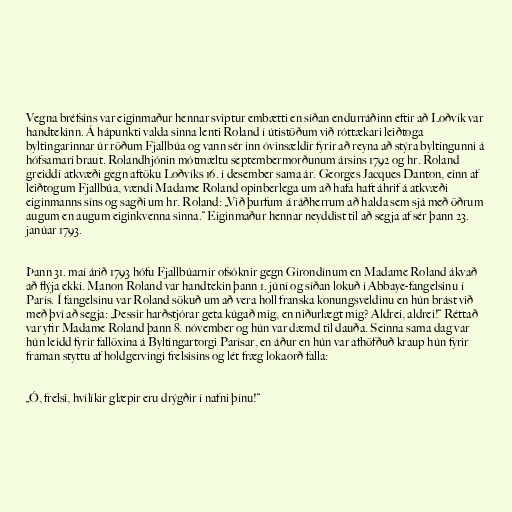
Vegna bréfsins var eiginmaður hennar sviptur embætti en síðan endurráðinn eftir að Loðvík var
handtekinn. Á hápunkti valda sinna lenti Roland í útistöðum við róttækari leiðtoga
byltingarinnar úr röðum Fjallbúa og vann sér inn óvinsældir fyrir að reyna að stýra byltingunni á
hófsamari braut. Rolandhjónin mótmæltu septembermorðunum ársins 1792 og hr. Roland
greiddi atkvæði gegn aftöku Loðvíks 16. í desember sama ár. Georges Jacques Danton, einn af
leiðtogum Fjallbúa, vændi Madame Roland opinberlega um að hafa haft áhrif á atkvæði
eiginmanns síns og sagði um hr. Roland: „Við þurfum á ráðherrum að halda sem sjá með öðrum
augum en augum eiginkvenna sinna.“ Eiginmaður hennar neyddist til að segja af sér þann 23.
janúar 1793.

Þann 31. maí árið 1793 hófu Fjallbúarnir ofsóknir gegn Gírondínum en Madame Roland ákvað
að flýja ekki. Manon Roland var handtekin þann 1. júní og síðan lokuð í Abbaye-fangelsinu í
París. Í fangelsinu var Roland sökuð um að vera holl franska konungsveldinu en hún brást við
með því að segja: „Þessir harðstjórar geta kúgað mig, en niðurlægt mig? Aldrei, aldrei!“ Réttað
var yfir Madame Roland þann 8. nóvember og hún var dæmd til dauða. Seinna sama dag var
hún leidd fyrir fallöxina á Byltingartorgi Parísar, en áður en hún var afhöfðuð kraup hún fyrir
framan styttu af holdgervingi frelsisins og lét fræg lokaorð falla:

„Ó, frelsi, hvílíkir glæpir eru drýgðir í nafni þínu!“